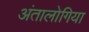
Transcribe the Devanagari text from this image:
अंतालोगिया